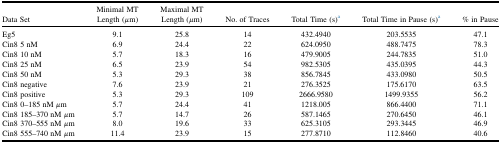
<table><thead><tr><td><b>Data Set</b></td><td><b>Minimal MT Length (<i>μ</i>m)</b></td><td><b>Maximal MT Length (<i>μ</i>m)</b></td><td><b>No. of Traces</b></td><td><b>Total Time (s)a</b></td><td><b>Total Time in Pause (s)a</b></td><td><b>% in Pause</b></td></tr></thead><tbody><tr><td>Eg5</td><td>9.1</td><td>25.8</td><td>14</td><td>432.4940</td><td>203.5535</td><td>47.1</td></tr><tr><td>Cin8 5 nM</td><td>6.9</td><td>24.4</td><td>22</td><td>624.0950</td><td>488.7475</td><td>78.3</td></tr><tr><td>Cin8 10 nM</td><td>5.7</td><td>18.3</td><td>16</td><td>479.9005</td><td>244.7835</td><td>51.0</td></tr><tr><td>Cin8 25 nM</td><td>6.5</td><td>23.9</td><td>54</td><td>982.5305</td><td>435.0395</td><td>44.3</td></tr><tr><td>Cin8 50 nM</td><td>5.3</td><td>29.3</td><td>38</td><td>856.7845</td><td>433.0980</td><td>50.5</td></tr><tr><td>Cin8 negative</td><td>7.6</td><td>23.9</td><td>21</td><td>276.3525</td><td>175.6170</td><td>63.5</td></tr><tr><td>Cin8 positive</td><td>5.3</td><td>29.3</td><td>109</td><td>2666.9580</td><td>1499.9355</td><td>56.2</td></tr><tr><td>Cin8 0–185 nM <i>μ</i>m</td><td>5.7</td><td>24.4</td><td>41</td><td>1218.005</td><td>866.4400</td><td>71.1</td></tr><tr><td>Cin8 185–370 nM <i>μ</i>m</td><td>5.7</td><td>14.7</td><td>26</td><td>587.1465</td><td>270.6450</td><td>46.1</td></tr><tr><td>Cin8 370–555 nM <i>μ</i>m</td><td>8.0</td><td>19.6</td><td>33</td><td>625.3105</td><td>293.3445</td><td>46.9</td></tr><tr><td>Cin8 555–740 nM <i>μ</i>m</td><td>11.4</td><td>23.9</td><td>15</td><td>277.8710</td><td>112.8460</td><td>40.6</td></tr></tbody></table>